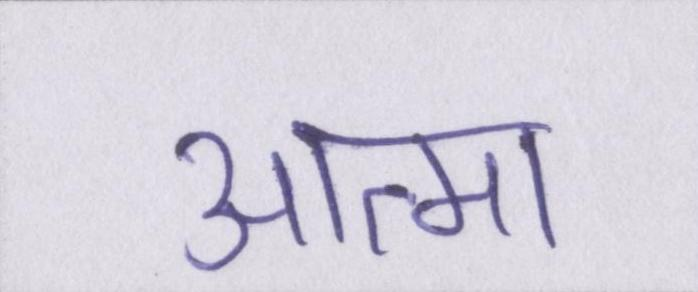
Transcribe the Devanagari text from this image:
आत्मा